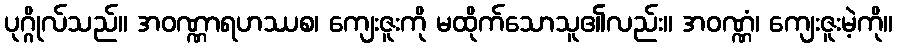
ပုဂ္ဂိုလ်သည်။ အဝဏ္ဏာရဟဿစ၊ ကျေးဇူးကို မထိုက်သောသူ၏လည်း။ အဝဏ္ဏံ၊ ကျေးဇူးမဲ့ကို။